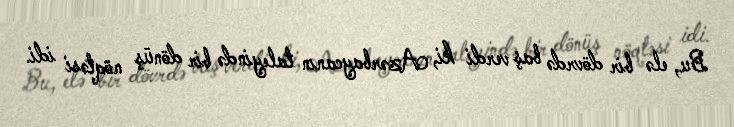
Bu, elə bir dövrdə baş verdi ki, Azərbaycanın taleyində bir dönüş nöqtəsi idi.